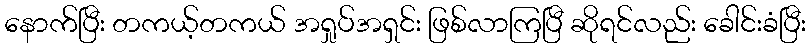
နောက်ပြီး တကယ့်တကယ် အရှုပ်အရှင်း ဖြစ်လာကြပြီ ဆိုရင်လည်း ခေါင်းခံပြီး